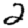
Digit: 2